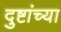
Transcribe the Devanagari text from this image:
दुष्टांच्या